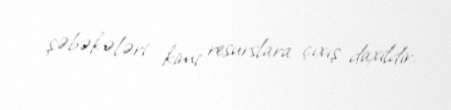
şəbəkələri kimi resurslara çıxış daxildir.